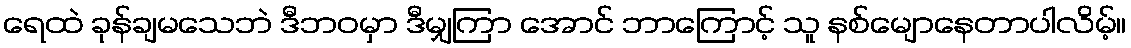
ရေထဲ ခုန်ချမသေဘဲ ဒီဘဝမှာ ဒီမျှကြာ အောင် ဘာကြောင့် သူ နစ်မျောနေတာပါလိမ့်။